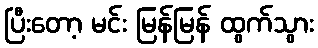
ပြီးတော့ မင်း မြန်မြန် ထွက်သွား